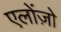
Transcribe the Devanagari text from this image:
एलोंज़ो